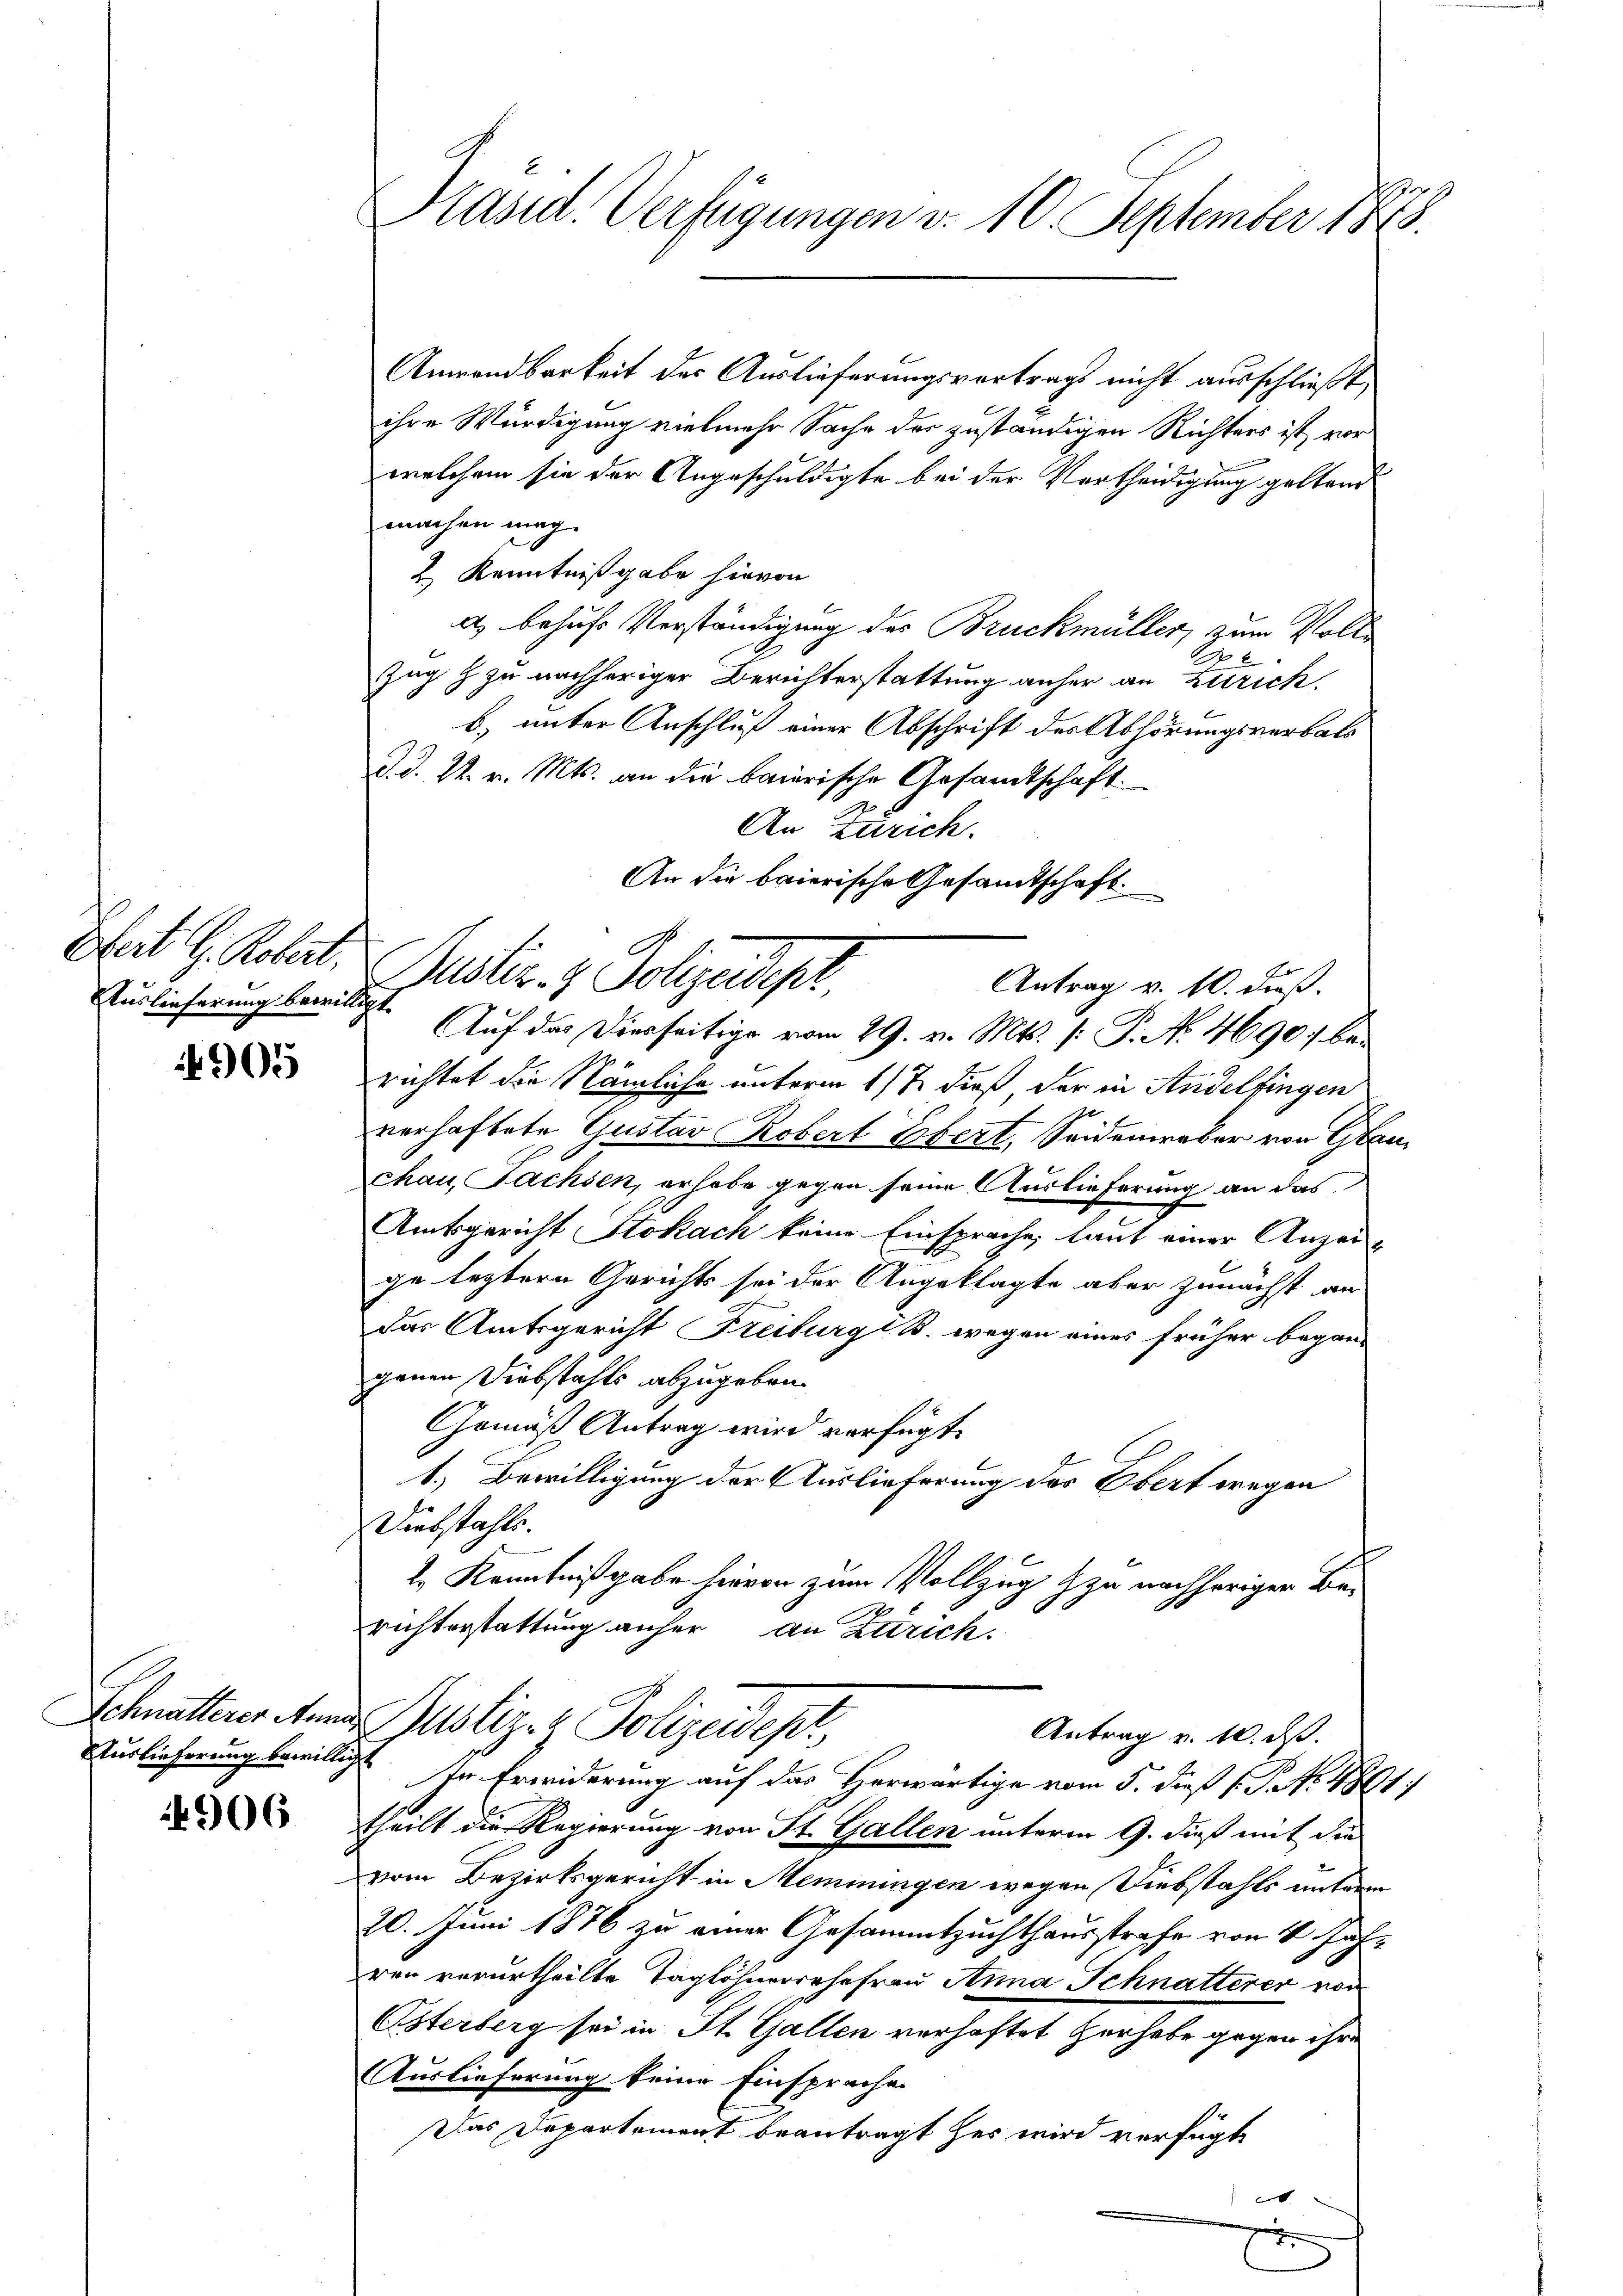
Gfeit G. Robert.
Auslieferung bewilligt.

905

Schnatterer Ann

4906

Präsid. Verfügungen v. 10. September 1875.

Anwendbarkeit der Auslieferungsvortrags nicht ausschließt,
ihre Würdigung vielmehr Sache der zuständigen Richters ist vor
welchem sie der Angeschuldigte bei der Vertheidigung geltend
machen mag.
2 Kenntnißgabe hievon
a) behufs Verständigung des Bruckmüller, zum Voll¬
Zug & zu nachheriger Berichterstattung anher an Zürich.
b) unter Anschluß einer Abschrift der Abhörungsverbals
d. d. 2. v. Mts. an die baierische Gesandtschaft
An Zürich.
An die baierische Gesamtschaft.
Auf das Diesseitige vom 29. v. Mts. [: P. Nr. 4690 berichtet die Nämliche unterm 11te dieß, der in Andelfingen
verhaftete Gustav Robert Ebert, Seidenreber von Glau
chau, Fachsen, erhabe gegen seine Auslieferung an das
Amtsgericht Stokach keine Einsprache, laut einer Anzeige leztern Gerichts sei der Angeklagte aber zunächst an
das Amtsgericht Freiburg B. wegen eines früher began-
genen Diebstahls abzugeben.
Gemäß Antrag wird verfügt:
1.) Bewilligung der Auslieferung des Ebert wegen
Diebstahls.
2. Kenntnißgabe hievon zum Vollzug zu nachheriger Berichterstattung anher an Zürich.
Justiz- & Polizeidep
Antrag u. 10. ds.
Vurlieferung bewilligt ste Erwiderung auf das Herwärtige vom 5. dieß (T. No 4861)
theilt die Regierung von St. Gallen unterm 9. dieß mit die
vom Bezirksgericht in Meminingen wegen Diebstahls unterm
20. Juni 1876 zu einer Gesammtzuchthausstrafe von 2 Jahven verurtheilte Taglöhnersehefrau Anna Schnatterer von
Österberg sei in St. Gallen verhaftet Herhabe gegen ihr
Auslieferung keine Einsprache
Das Departement beantragt her wird verfügt
0

Justiz- & Polizeidigt.
Antrag v. 10. Fuß.

7